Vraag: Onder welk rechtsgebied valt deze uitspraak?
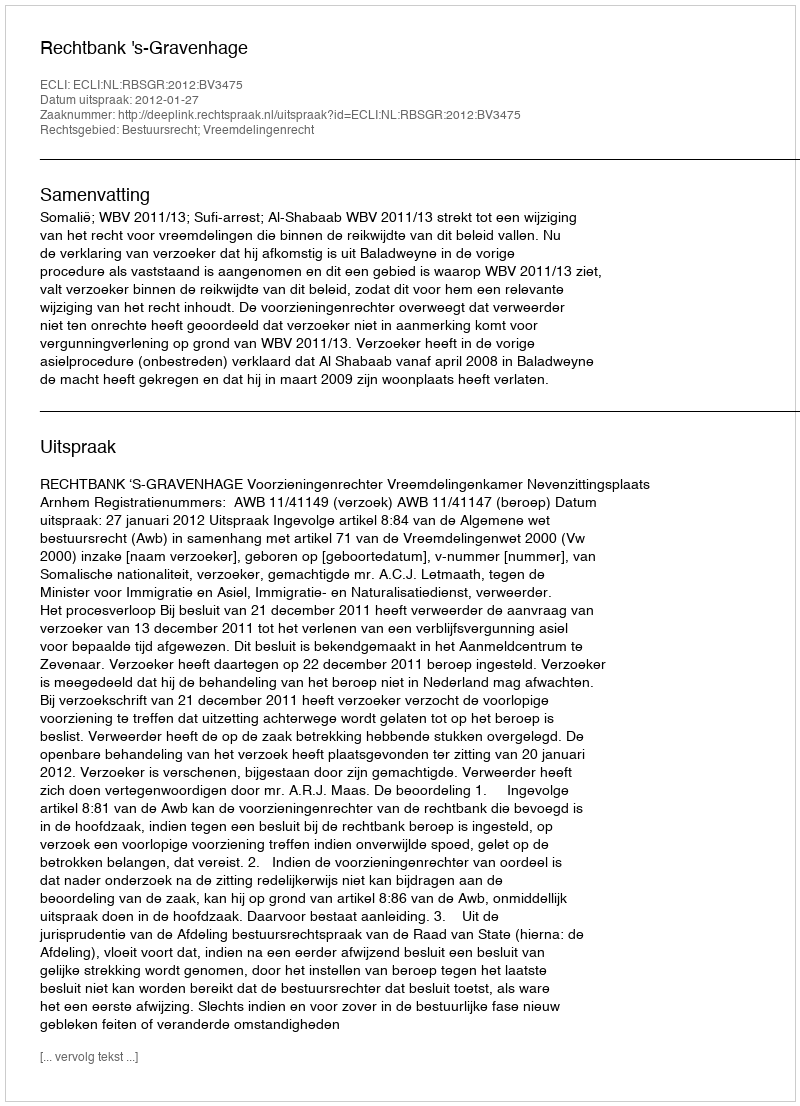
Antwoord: Bestuursrecht; Vreemdelingenrecht